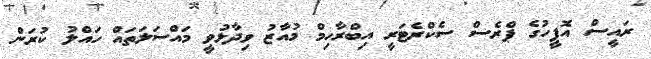
ރައީސް އޮފީހުގެ ޕްރެސް ސެކްރެޓަރީ އިބްރާހިމް މުއާޒު ވިދާޅުވީ މައްސަލަތައް ހައްލު ކުރަން